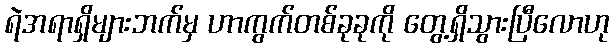
ရဲအရာရှိများဘက်မှ ဟာကွက်တစ်ခုခုကို တွေ့ရှိသွားပြီလောဟု